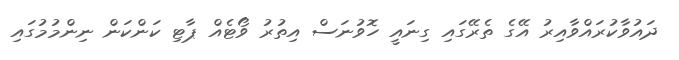
ދައުވާކުރައްވާއިރު އޭގެ ތެރޭގައި ގިނައީ ހޮވުނަސް އިތުރު ވޯޓެއް ޕާޓި ކަންކަން ނިންމުމުގައި